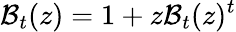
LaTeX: {\mathcal{B}}_{t}(z)=1+z{\mathcal{B}}_{t}(z)^{t}